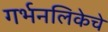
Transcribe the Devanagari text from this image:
गर्भनलिकेचे